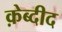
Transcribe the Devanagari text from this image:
क़ेब्दीद